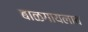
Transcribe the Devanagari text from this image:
बाळगायलाच